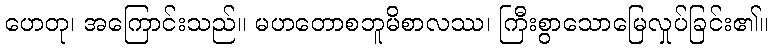
ဟေတု၊ အကြောင်းသည်။ မဟတောစဘူမိစာလဿ၊ ကြီးစွာသောမြေလှုပ်ခြင်း၏။